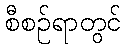
စီစဉ်ရာတွင်